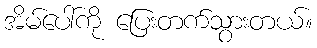
အိမ်ပေါ်ကို ပြေးတက်သွားတယ်။